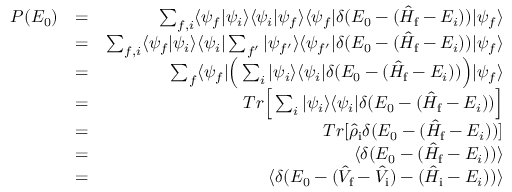
\begin{array} { r l r } { P ( E _ { 0 } ) } & { = } & { \sum _ { f , i } \langle \psi _ { f } | \psi _ { i } \rangle \langle \psi _ { i } | \psi _ { f } \rangle \langle \psi _ { f } | \delta ( E _ { 0 } - ( \hat { H } _ { \mathrm { f } } - E _ { i } ) ) | \psi _ { f } \rangle } \\ & { = } & { \sum _ { f , i } \langle \psi _ { f } | \psi _ { i } \rangle \langle \psi _ { i } | \sum _ { f ^ { \prime } } | \psi _ { f ^ { \prime } } \rangle \langle \psi _ { f ^ { \prime } } | \delta ( E _ { 0 } - ( \hat { H } _ { \mathrm { f } } - E _ { i } ) ) | \psi _ { f } \rangle } \\ & { = } & { \sum _ { f } \langle \psi _ { f } | \Big ( \sum _ { i } | \psi _ { i } \rangle \langle \psi _ { i } | \delta ( E _ { 0 } - ( \hat { H } _ { \mathrm { f } } - E _ { i } ) ) \Big ) | \psi _ { f } \rangle } \\ & { = } & { T r \Big [ \sum _ { i } | \psi _ { i } \rangle \langle \psi _ { i } | \delta ( E _ { 0 } - ( \hat { H } _ { \mathrm { f } } - E _ { i } ) ) \Big ] } \\ & { = } & { T r [ \hat { \rho } _ { \mathrm { i } } \delta ( E _ { 0 } - ( \hat { H } _ { \mathrm { f } } - E _ { i } ) ) ] } \\ & { = } & { \langle \delta ( E _ { 0 } - ( \hat { H } _ { \mathrm { f } } - E _ { i } ) ) \rangle } \\ & { = } & { \langle \delta ( E _ { 0 } - ( \hat { V } _ { \mathrm { f } } - \hat { V } _ { \mathrm { i } } ) - ( \hat { H } _ { \mathrm { i } } - E _ { i } ) ) \rangle } \end{array}